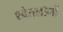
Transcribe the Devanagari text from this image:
श्वेतलोगों